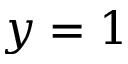
y = 1